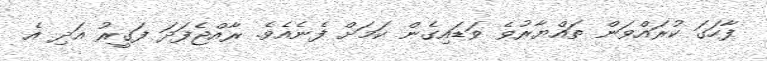
ފާހަގަ ކުރައްވަން ތައްޔާރުވެ ވަޑައިގެން ކަމަށް ފެނެއެވެ. ރާއްޖެފަދަ ފަގީރު އަދި އެ